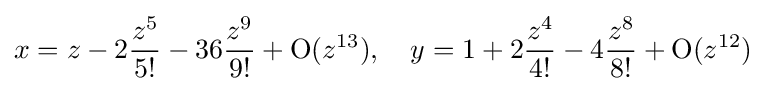
x=z-2{\frac {z^{5}}{5!}}-36{\frac {z^{9}}{9!}}+\operatorname {O} (z^{13}),\quad y=1+2{\frac {z^{4}}{4!}}-4{\frac {z^{8}}{8!}}+\operatorname {O} (z^{12})